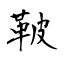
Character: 鞁